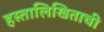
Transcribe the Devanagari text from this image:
हस्तालिखिताची